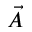
\vec { A }